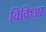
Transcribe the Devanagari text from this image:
विकिआ